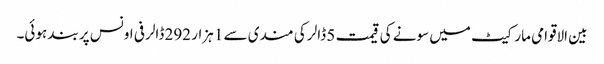
بین الاقوامی مارکیٹ میں سونے کی قیمت 5 ڈالر کی مندی سے 1 ہزار 292 ڈالر فی اونس پر بند ہوئی۔